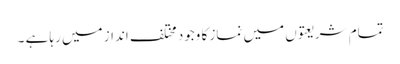
تمام شریعتوں میں نماز کا وجود مختلف انداز میں رہا ہے ۔